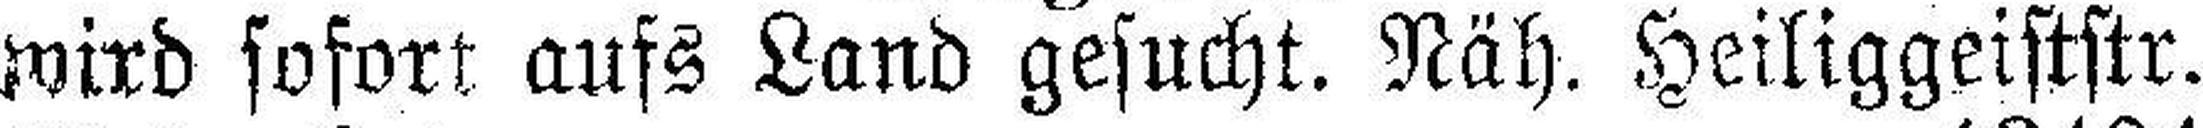
wird sofort aufs Land gesucht. Näh. Heiliggeiststr.